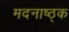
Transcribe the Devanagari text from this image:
मदनाष्ठ्क